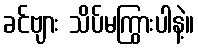
ခင်ဗျား သိပ်မကြွားပါနဲ့။